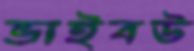
ভাইবউ